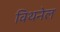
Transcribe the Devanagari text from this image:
विथनेल